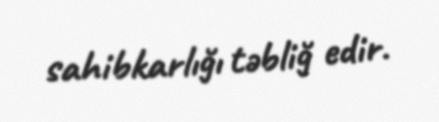
sahibkarlığı təbliğ edir.